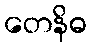
တေနိဓ